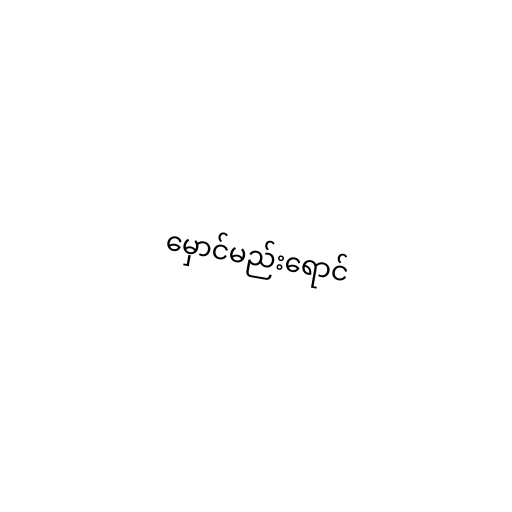
မှောင်မည်းရောင်